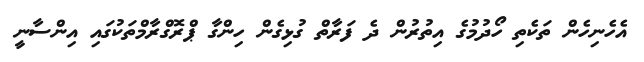
އެހެނިހެން ތަކެތި ހޯދުމުގެ އިތުރުން ދެ ފަރާތް ގުޅިގެން ހިންގާ ޕްރޮގްރާމްތަކުގައި އިންސާނީ